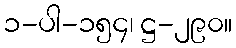
၁-ပါ-၁၅၄၊ ဋ္ဌ-၂၉၀။